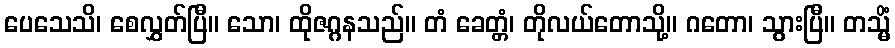
ပေသေသိ၊ စေလွှတ်ပြီ။ သော၊ ထိုဇဂ္ဂနသည်။ တံ ခေတ္တံ၊ တိုလယ်တောသို့။ ဂတော၊ သွားပြီ။ တသ္မိံ